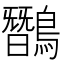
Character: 𪅽